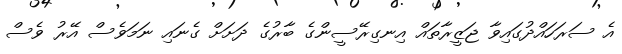
އެ ސަރަހައްދުގައިވާ ޖަޒީރާތައް އިނގިރޭސީންގެ ބާރުގެ ދަށަށް ގެނައި ނަމަވެސް އޭރު ވެސް